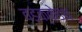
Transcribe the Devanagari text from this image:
वडक्केडथ